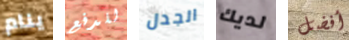
ينام للدفع الجدل لديك أفضل